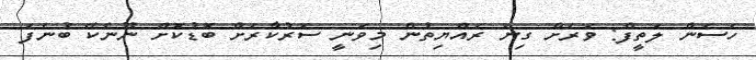
ހަސަން ލަތީފް: ވަރަށް ގިނަ ރައްޔިތުން މިވަނީ ސަރުކާރަށް ބޮޑުކޮށް ނޫނެކޭ ބުނެފަ